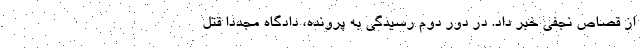
از قصاص نجفی خبر داد. در دور دوم رسیدگی به پرونده، دادگاه مجددا قتل